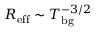
R _ { \mathrm { e f f } } \sim T _ { \mathrm { b g } } ^ { - 3 / 2 }